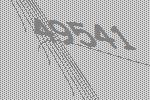
49541